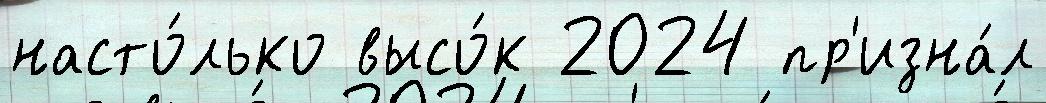
насто́лько высо́к 2024 пр'изна́л